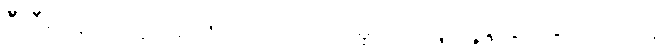
ဦးဝီရသူကဲ့သို့ ၁၄:၄၅ ပိတ်ပင်ထားမှုကြောင့် ပျံ့နှံ့သွားခြင်းကြောင့်